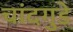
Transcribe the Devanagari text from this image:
चांदगुडे